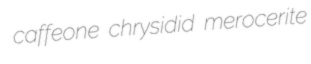
caffeone chrysidid merocerite